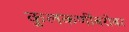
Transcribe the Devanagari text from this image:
कुलकर्णीबरोबर